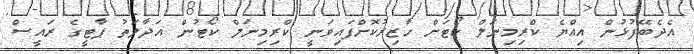
އެދެބޭފުޅުން އިއްޔެ ކްރިމިނަލް ކޯޓަށް ހާޒިރުކޮށްފައިވަނީ ކްރިމިނަލް ކޯޓުން އަދާލަތު ޕާޓީގެ ރައީސް